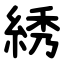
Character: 綉